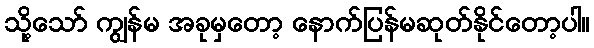
သို့သော် ကျွန်မ အခုမှတော့ နောက်ပြန်မဆုတ်နိုင်တော့ပါ။